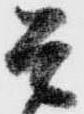
そ